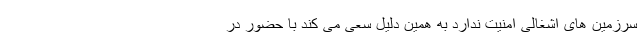
سرزمین های اشغالی امنیت ندارد به همین دلیل سعی می کند با حضور در